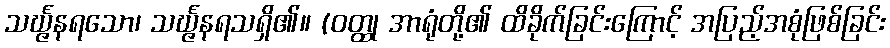
သင်္ဃ္ဇနရသော၊ သင်္ဃ္ဇနရသရှိ၏။ (ဝတ္ထု အာရုံတို့၏ ထိခိုက်ခြင်းကြောင့် အပြည့်အစုံဖြစ်ခြင်း